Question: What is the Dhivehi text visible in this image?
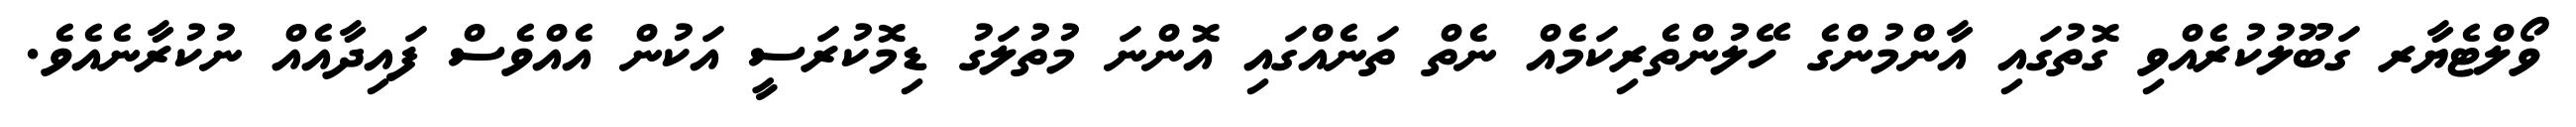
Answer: ވޯލްޓެޔާރ ގަބޫލުކުރެއްވި ގޮތުގައި އާންމުންގެ ހޭލުންތެރިކަމެއް ނެތް ތަނެއްގައި އޮންނަ މުތުލަގު ޑިމޮކުރަސީ އަކުން އެއްވެސް ފައިދާއެއް ނުކުރާނެއެވެ.